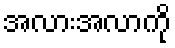
အလားအလာကို